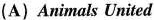
(A) Animals United